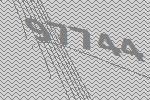
97744